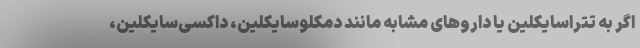
اگر به تتراسایکلین یا داروهای مشابه مانند دمکلوسایکلین، داکسی‌سایکلین،